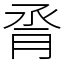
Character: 脀